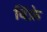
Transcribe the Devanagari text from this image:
विंफ्रे